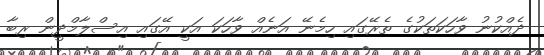
ދެއްކުނު ވާހަކަތަކުގެ ތެރޭގައި ހިމެނޭ އަނެއް ވާހަކަ އަކީ އޭގައި އިސްލާމްދީން ރިބާ